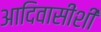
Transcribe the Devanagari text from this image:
आदिवासींशी